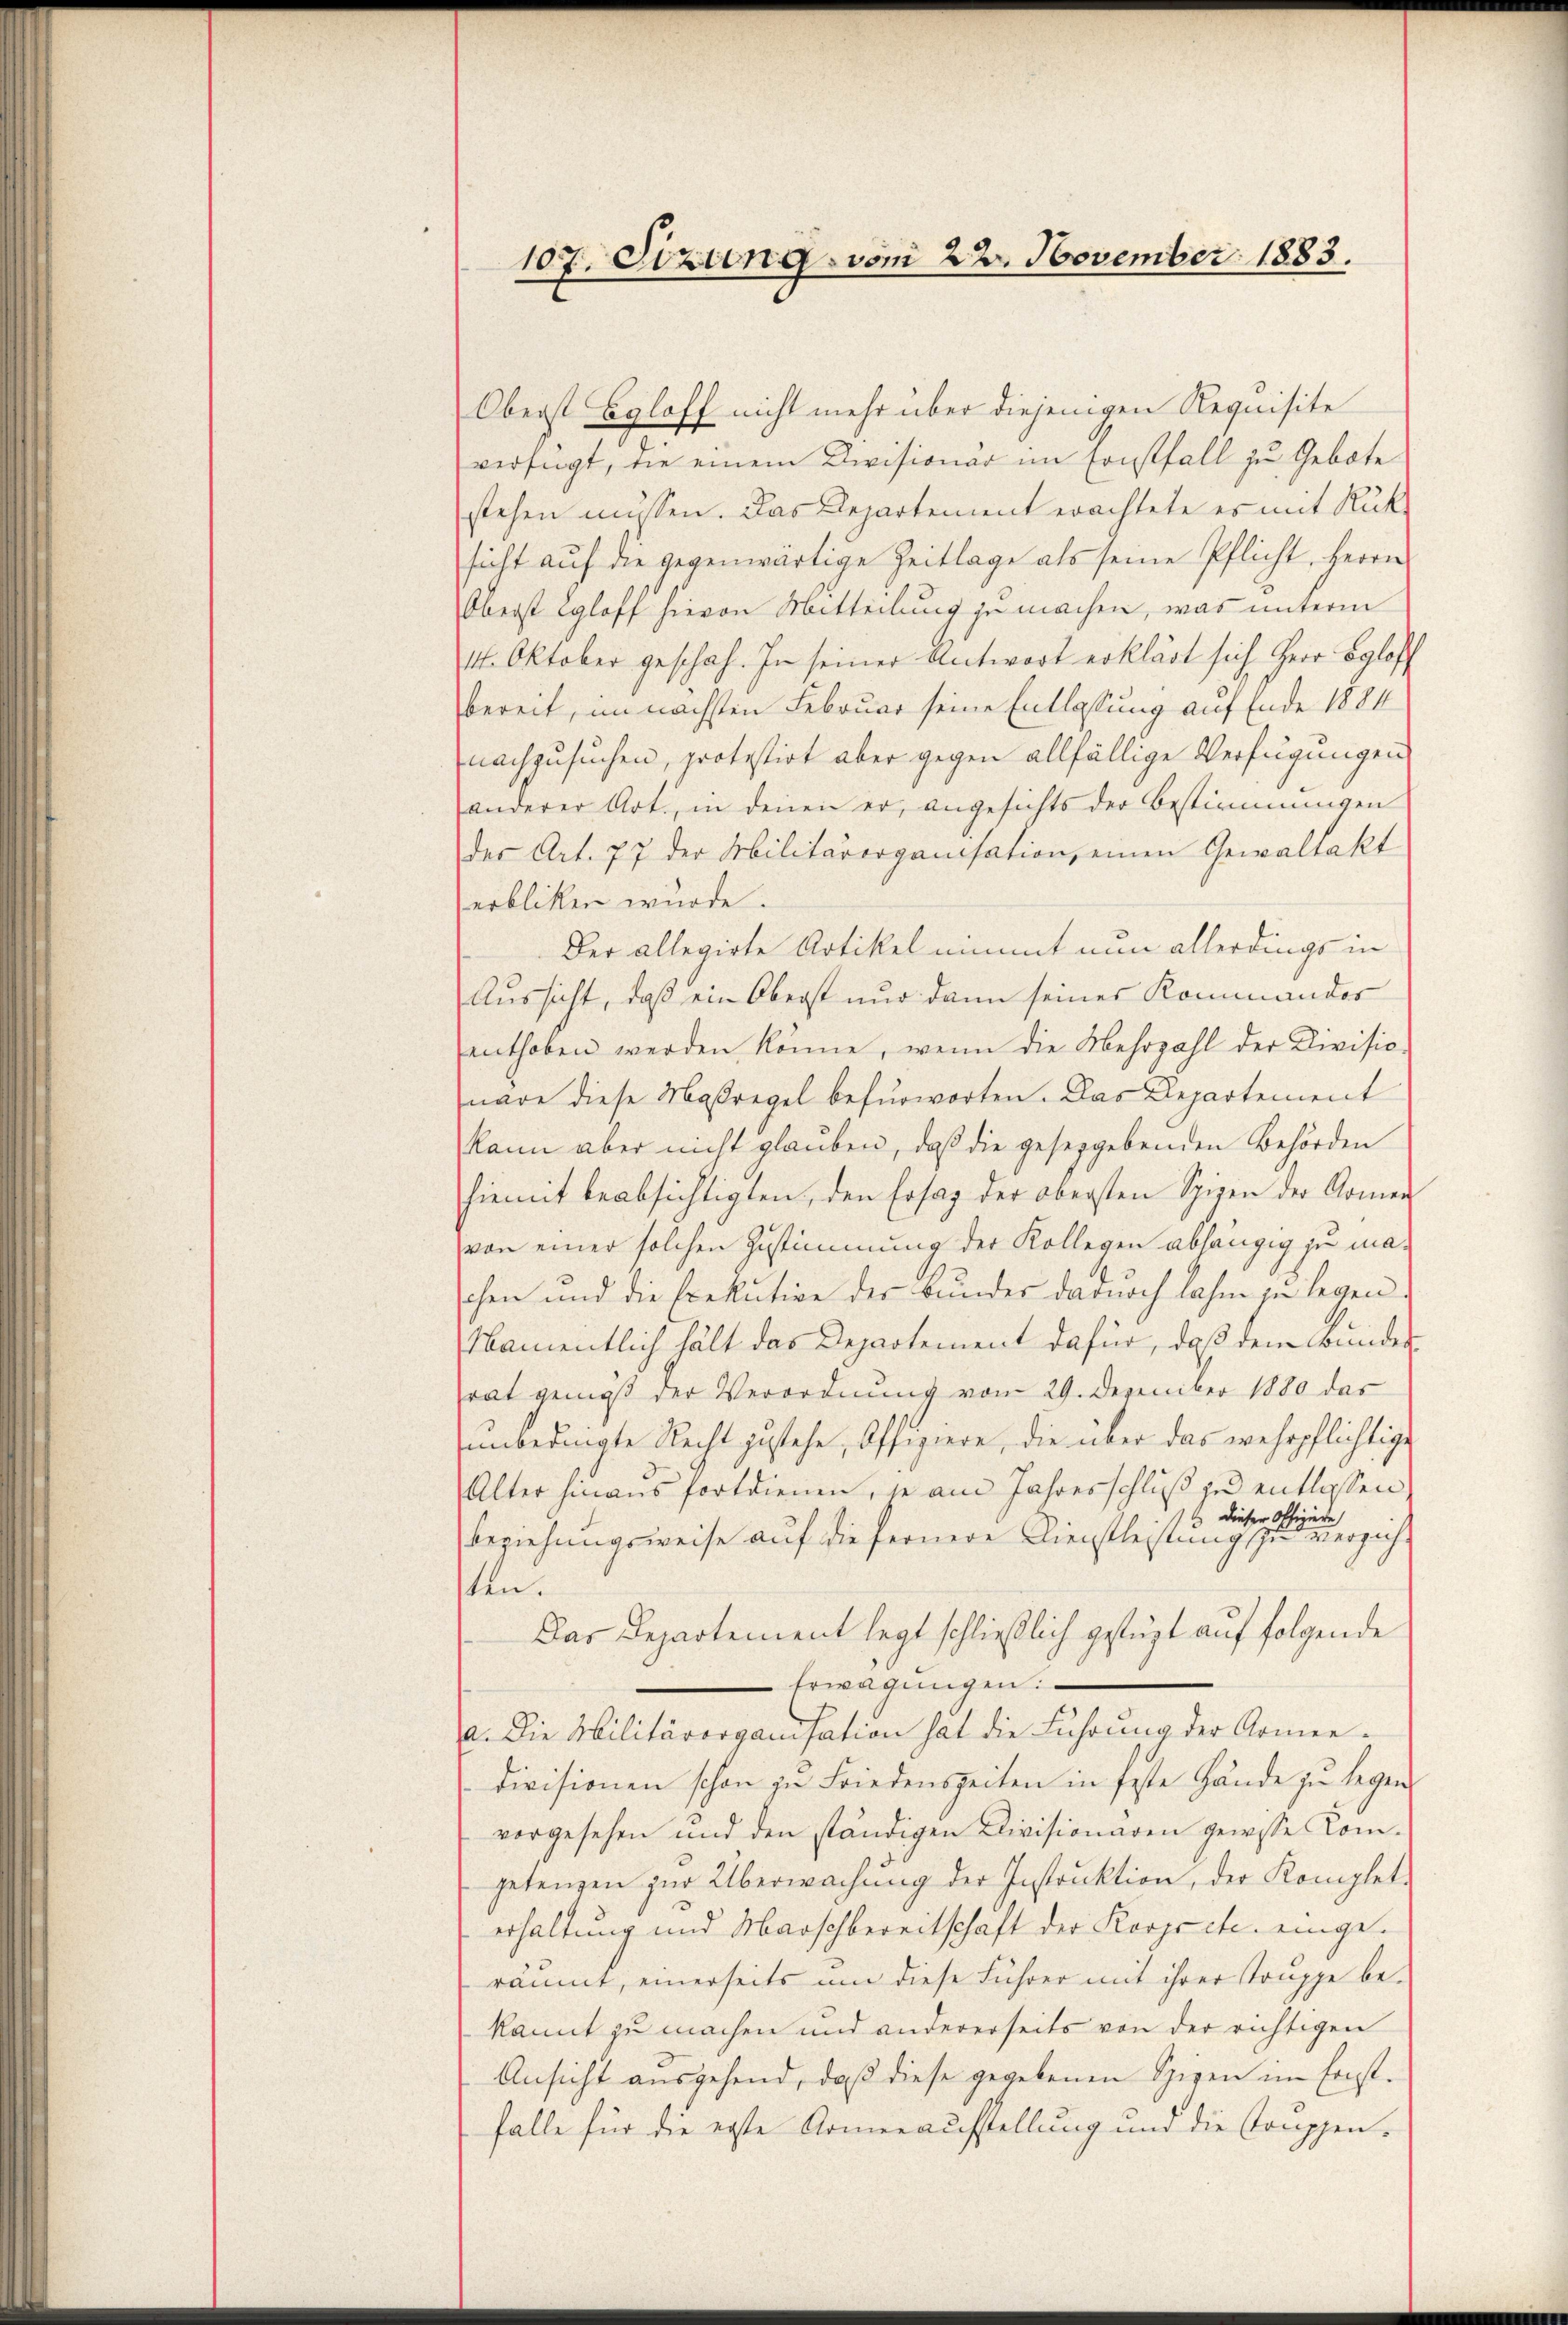
107. Sizung vom 23. November 1883.

Oberst Byloff nicht mehr über diejenigen Requisite
verfügt, die einem Divisionär im sonstfall zu Gebote
stehen müssen. Das Departement erachtete es mit Rüksicht auf die gegenwärtige Zeitlage als seine Pflicht, Herrn
Oberst gloff hievon Mitteilung zu machen, was unterm
14. Oktober geschah. In seiner Antwort erklärt sich Herr Egloff
bereit, im nächsten Februar seine Entlassung auf Ende 1884
nachzusuchen, protestirt aber gegen allfällige Verfügungen
anderer Art., in denen er, angesichts der Bestimmungen
der Art. 77 der Militärorganisation, einen Gewaltakt
erblicken würde.
Der allegirte Artikel nimmt nun allerdings in
Aussicht, daß ein Oberst nur dann seiner Kommandos
enthoben werden könne, wenn die Mehrzahl der Divisio
nare diese Maßregel befürworten. Das Departement
kann aber nicht glauben, daβ die geseggebenden Behörden
hiemit beabsichtigten, den Ersaz der obersten Spizen der Armen
von einer solchen Zustimmung der Kollegen abhängig zu maschen und die Exekutive der Bunder darnoch lahm zu legen.
Namentlich hält das Departement dafür, daß dem Bunder
rat gemäß der Verordnung vom 29. Dezember 1880 das
unbedingte Recht zustehe, offiziere, die über das wehrpflichtige
Alter hinaus fortdienen, je am Jahresschluß zu entlassen
dieser Offiziere
12
Beziehungsweise auf die fernere Dienstleistung zu verzicht
ten.
Das Departement legt schließlich gestüzt auf folgende
Erwägŭngen:
a. Die Militärorganisation hat die Führung der Armee-
divisionen schon zu Friedenszeiten in feste Hände zu legen
vorgesehen und den ständigen Divisionaren gewisse Kom
getangen zŭr Überwachŭng der Instrŭktion, der Komplet-
erhaltung und Marschbereitschaft der Korjecte eingeräumt, einerseits um diese Führer mit ihrer Truppe be-
kannt zu machen und andererseits von der richtigen
Ansicht ausgehend, daβ diese gegebenen Spizen im Ernst-
falle für die erste Armenaufstellung und die Truppen-